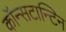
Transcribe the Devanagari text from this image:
कॉन्सटान्टिन